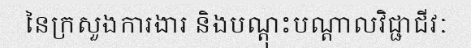
នៃក្រសួងការងារ និងបណ្តុះបណ្តាលវិជ្ជាជីវៈ